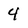
Character: 4